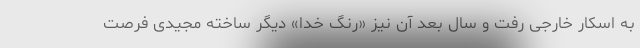
به اسکار خارجی رفت و سال بعد آن نیز «رنگ خدا» دیگر ساخته مجیدی فرصت